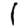
Digit: 1